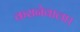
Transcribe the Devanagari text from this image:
करानेवाला।